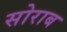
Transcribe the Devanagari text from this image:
सोराब